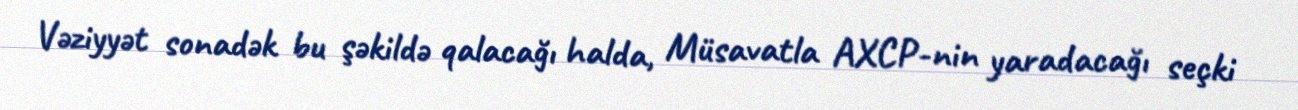
Vəziyyət sonadək bu şəkildə qalacağı halda, Müsavatla AXCP-nin yaradacağı seçki